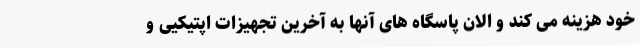
خود هزینه می کند و الان پاسگاه های آنها به آخرین تجهیزات اپتیکیی و